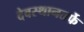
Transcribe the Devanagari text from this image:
देवस्थानतर्फे